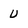
Character: U